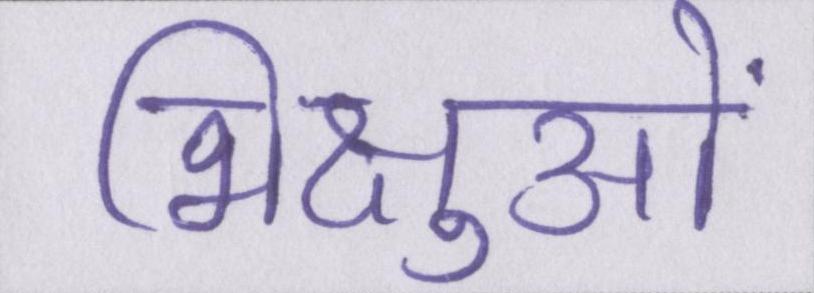
भिक्षुओं